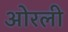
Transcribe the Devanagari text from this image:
ओरली